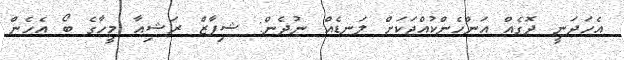
އެހަދަނީ ދޮގެއް އަންހެންކުއްޖަކަށް ލަނޑެއް ނުދެން: ޝިފާޒް ރަޝިއާ މީހާގެ ބޯ އެހެން